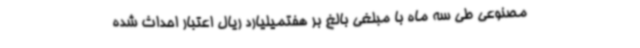
مصنوعی طی سه ماه با مبلغی بالغ بر هفتمیلیارد ریال اعتبار احداث شده